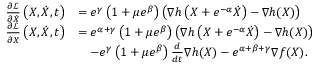
\begin{array} { r l } { \frac { \partial \mathcal { L } } { \partial \dot { X } } \left( X , \dot { X } , t \right) } & { = e ^ { \gamma } \left( 1 + \mu e ^ { \beta } \right) \left( \nabla h \left( X + e ^ { - \alpha } \dot { X } \right) - \nabla h ( X ) \right) } \\ { \frac { \partial \mathcal { L } } { \partial X } \left( X , \dot { X } , t \right) } & { = e ^ { \alpha + \gamma } \left( 1 + \mu e ^ { \beta } \right) \left( \nabla h \left( X + e ^ { - \alpha } \dot { X } \right) - \nabla h ( X ) \right) } \\ & { \quad - e ^ { \gamma } \left( 1 + \mu e ^ { \beta } \right) \frac { d } { d t } \nabla h ( X ) - e ^ { \alpha + \beta + \gamma } \nabla f ( X ) . } \end{array}